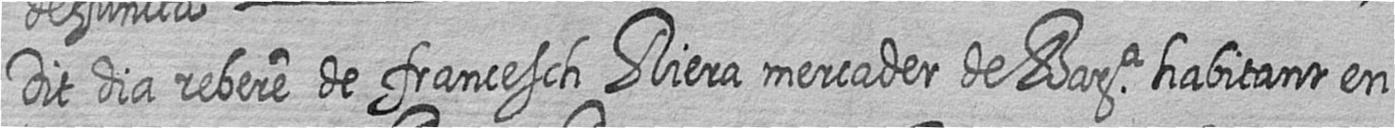
Dit dia rebere de francesch Riera mercader de Bara habitant en